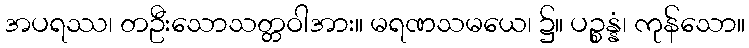
အပရဿ၊ တဦးသောသတ္တဝါအား။ မရဏသမယေ၊ ၌။ ပဉ္စန္နံ၊ ကုန်သော။